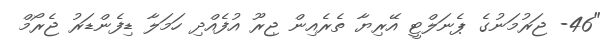
"46- ޖަރުމަނުގެ ޕެނަލްޓީ އޭރިޔާ ތެރެއިން ޖިރޫ އުފެއްދި ހަމަލާ ޑިފެންޑަރު ޖެރޯމް